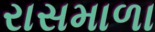
રાસમાળા